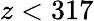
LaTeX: z<317